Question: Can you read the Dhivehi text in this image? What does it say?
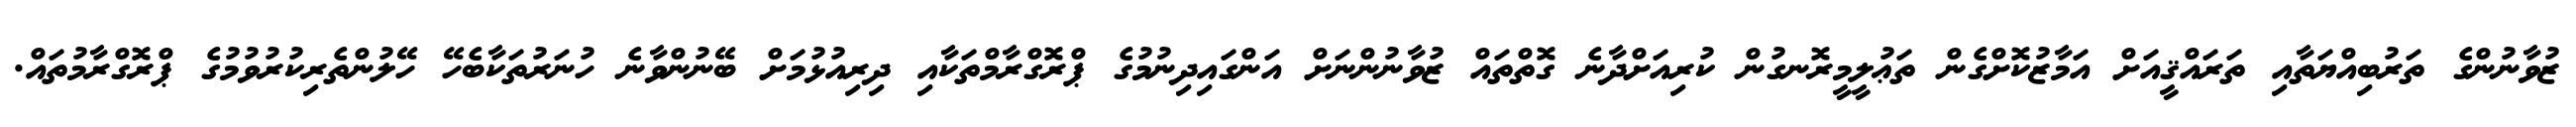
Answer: ޒުވާނުންގެ ތަރުބިއްޔަތާއި ތަރައްޤީއަށް އަމާޒުކޮށްގެން ތަޢުލީމީރޮނގުން ކުރިއަށްދާނެ ގޮތްތައް ޒުވާނުންނަށް އަންގައިދިނުމުގެ ޕްރޮގްރާމްތަކާއި ދިރިއުޅުމަށް ބޭނުންވާނެ ހުނަރުތަކާބެހޭ ހޭލުންތެރިކުރުވުމުގެ ޕްރޮގްރާމުތައް.